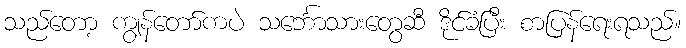
သည်တော့ ကျွန်တော်ကပဲ သင်္ဘောသားတွေဆီ ဒိုင်ခံပြီး စာပြန်ရေးရသည်။